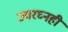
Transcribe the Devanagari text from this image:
ज्वरघ्नही